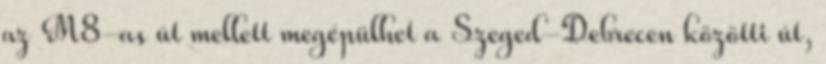
az M8-as út mellett megépülhet a Szeged-Debrecen közötti út,